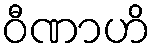
ဝီဏာဟိ